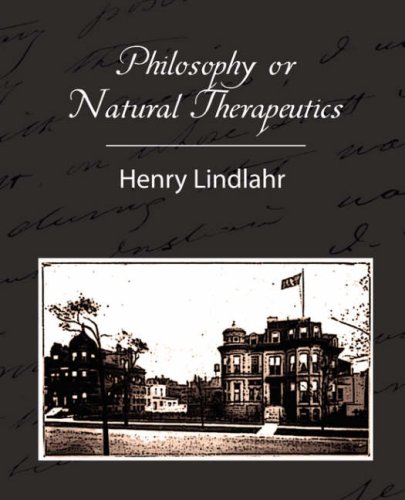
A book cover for Philosophy or Natural Therapeutics - Henry Lindlahr; Lindlahr Henry Lindlahr; Health, Fitness & Dieting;